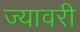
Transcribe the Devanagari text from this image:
ज्यावरी